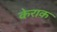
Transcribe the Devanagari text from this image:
केराक